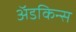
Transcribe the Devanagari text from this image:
अॅडकिन्स